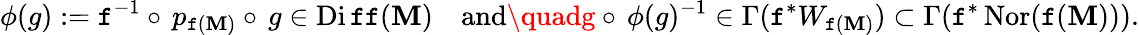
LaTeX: \phi(g):=\mathtt{f}^{-1}\circ\, p_{\mathtt{f}(\mathbf{M})}\circ\, g\in\operatorname{Di\mathtt{f}\mathtt{f}}(\mathbf{M})\quad{\mathrm{{and}}}\quadg\circ\, \phi(g)^{-1}\in\Gamma(\mathtt{f}^{*}W_{\mathtt{f}(\mathbf{M})})\subset\Gamma(\mathtt{f}^{*}\operatorname{Nor}(\mathtt{f}(\mathbf{M}))).